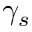
\gamma _ { s }